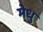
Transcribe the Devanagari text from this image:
मेधु